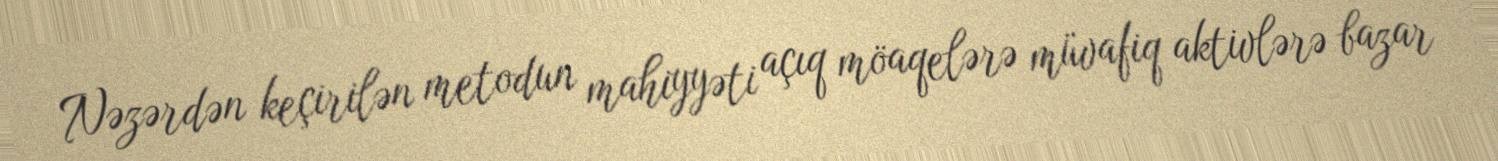
Nəzərdən keçirilən metodun mahiyyəti açıq möaqelərə müvafiq aktivlərə bazar